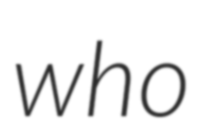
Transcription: who